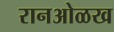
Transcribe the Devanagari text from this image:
रानओळख